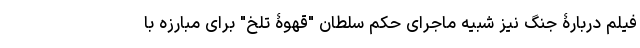
فیلم دربارۀ جنگ نیز شبیه ماجرای حکم سلطان "قهوۀ تلخ" برای مبارزه با